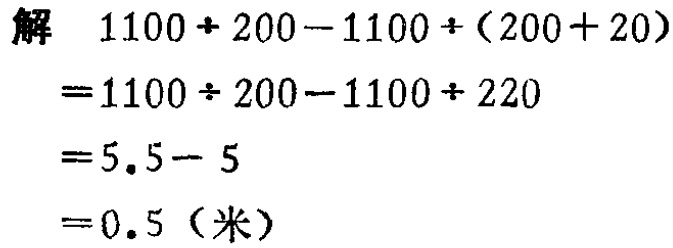
解
\[
\begin{align*}
&1100\div200 - 1100\div(200 + 20)\\
=&1100\div200-1100\div220\\
=&5.5 - 5\\
=&0.5 \text{（米）}
\end{align*}
\]